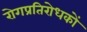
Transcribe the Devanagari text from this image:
रोगप्रतिरोधकों